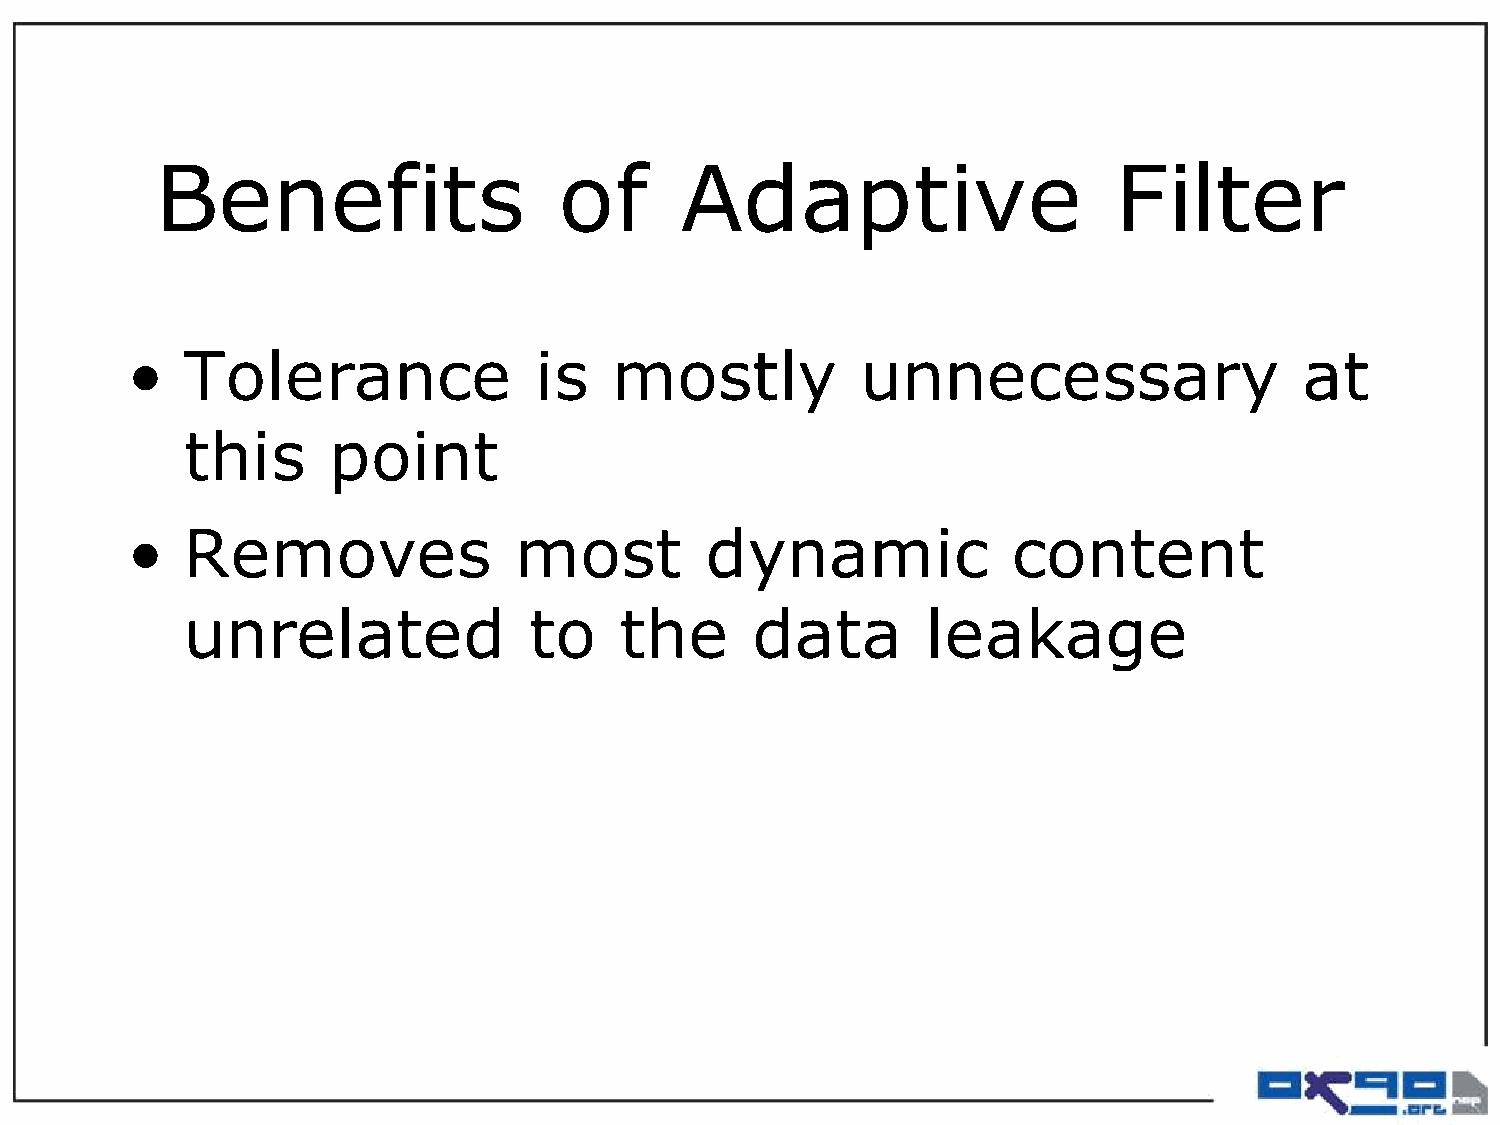
Benefits                   of      Adaptive                     Filter
 •   Tolerance              is    mostly          unnecessary                  at
 this      point
 •   Removes               most         dynamic             content
 unrelated              to    the      data       leakage